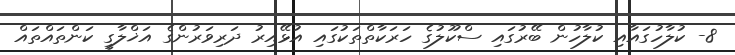
8- ކުލާހުގައާއި ކުލާހުން ބޭރުގައި ސްކޫލުގެ ހަރަކާތްތަކުގައި އުޅޭއިރު ދަރިވަރުންގެ އަޚްލާގީ ކަންތައްތައް